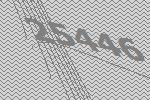
25446